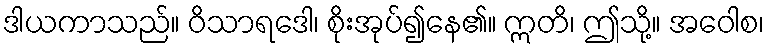
ဒါယကာသည်။ ဝိသာရဒေါ၊ စိုးအုပ်၍နေ၏။ ဣတိ၊ ဤသို့။ အဝေါစ၊